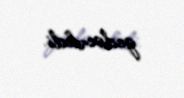
gedəcəkdi.